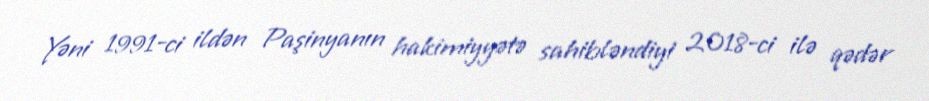
Yəni 1991-ci ildən Paşinyanın hakimiyyətə sahibləndiyi 2018-ci ilə qədər